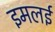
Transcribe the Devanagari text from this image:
इमलई